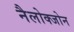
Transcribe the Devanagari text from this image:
नैलोक्जोन